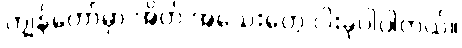
ကျွန်တော်မှာ အိတ် အသေးတွေ ငါးခုပါပါတယ်။